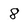
Character: 8